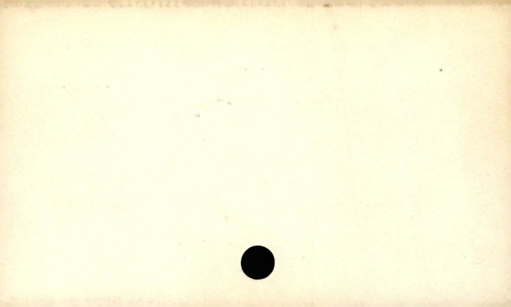
Label: blank